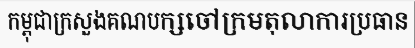
កម្ពុជាក្រសួងគណបក្សចៅក្រមតុលាការប្រធាន